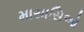
માસાસિઓ